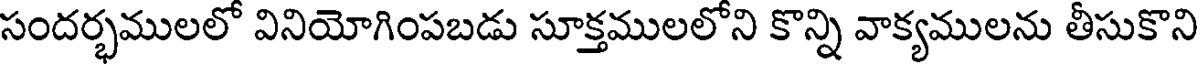
సందర్భములలో వినియోగింపబడు సూక్తములలోని కొన్ని వాక్యములను తీసుకొని